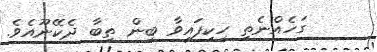
ގަހެއްނެތި ހިކިފައިވާ ބިން ތިބާ ދެކޭނޫއެވެ.